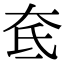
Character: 奃